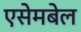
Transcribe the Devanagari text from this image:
एसेमबेल